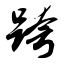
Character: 跨